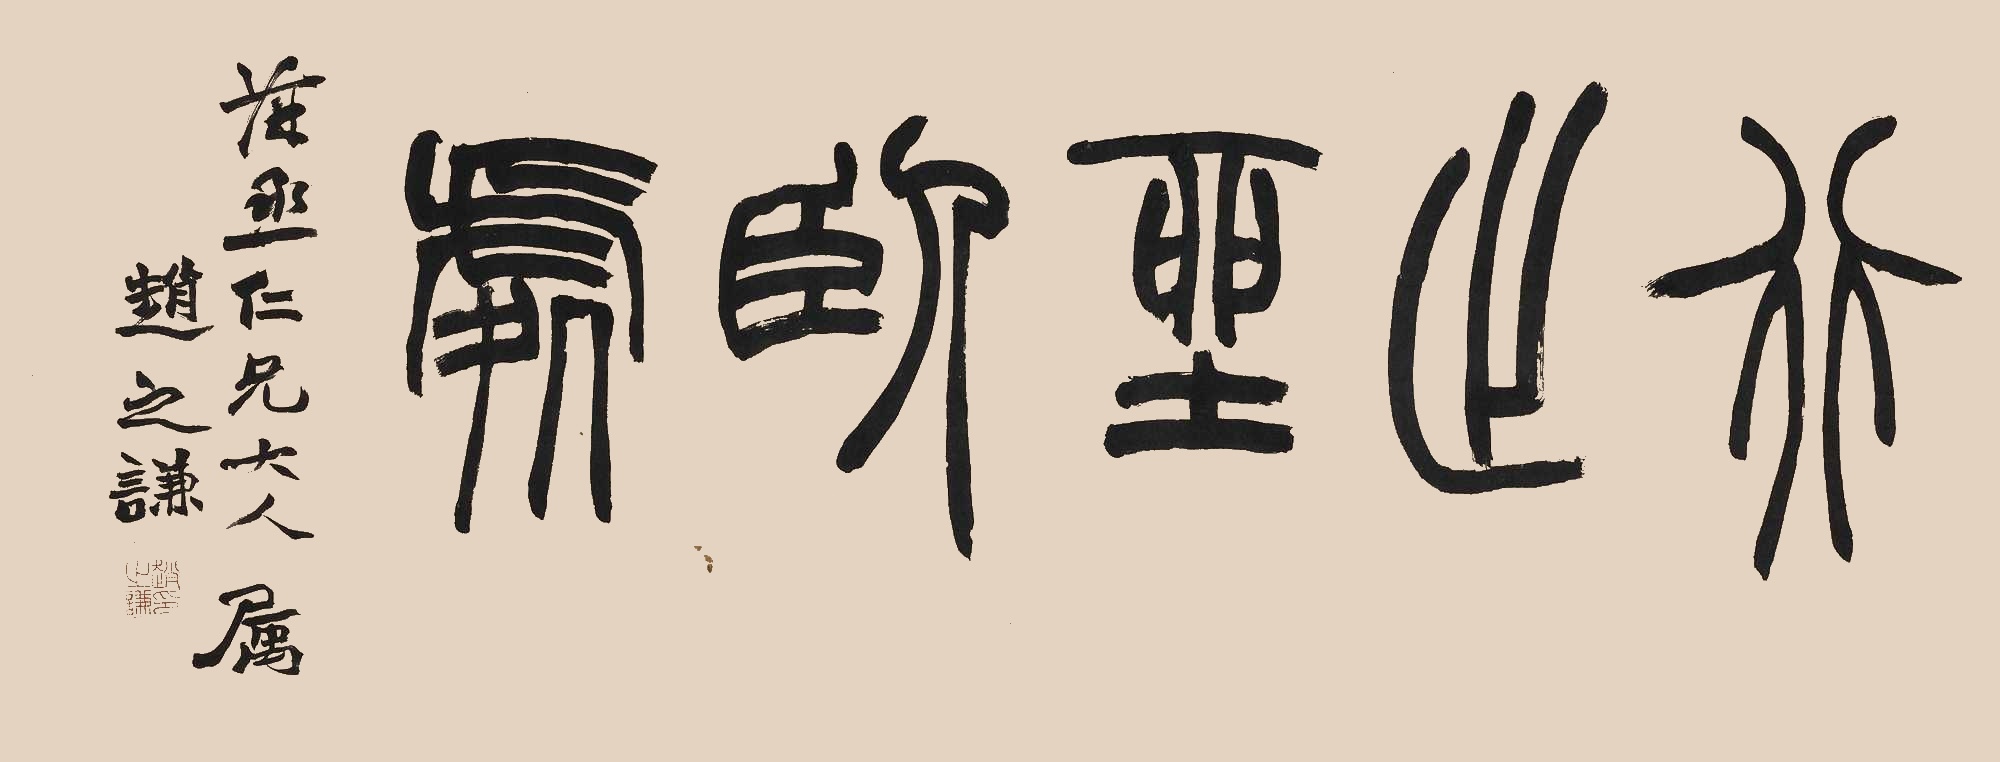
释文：行止坐卧处葆丞仁兄大人属。赵之谦。